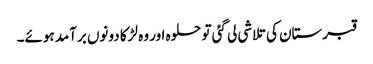
قبرستان کی تلاشی لی گئی تو حلوہ اور وہ لڑکا دونوں برآمد ہوئے۔